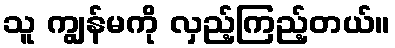
သူ ကျွန်မကို လှည့်ကြည့်တယ်။